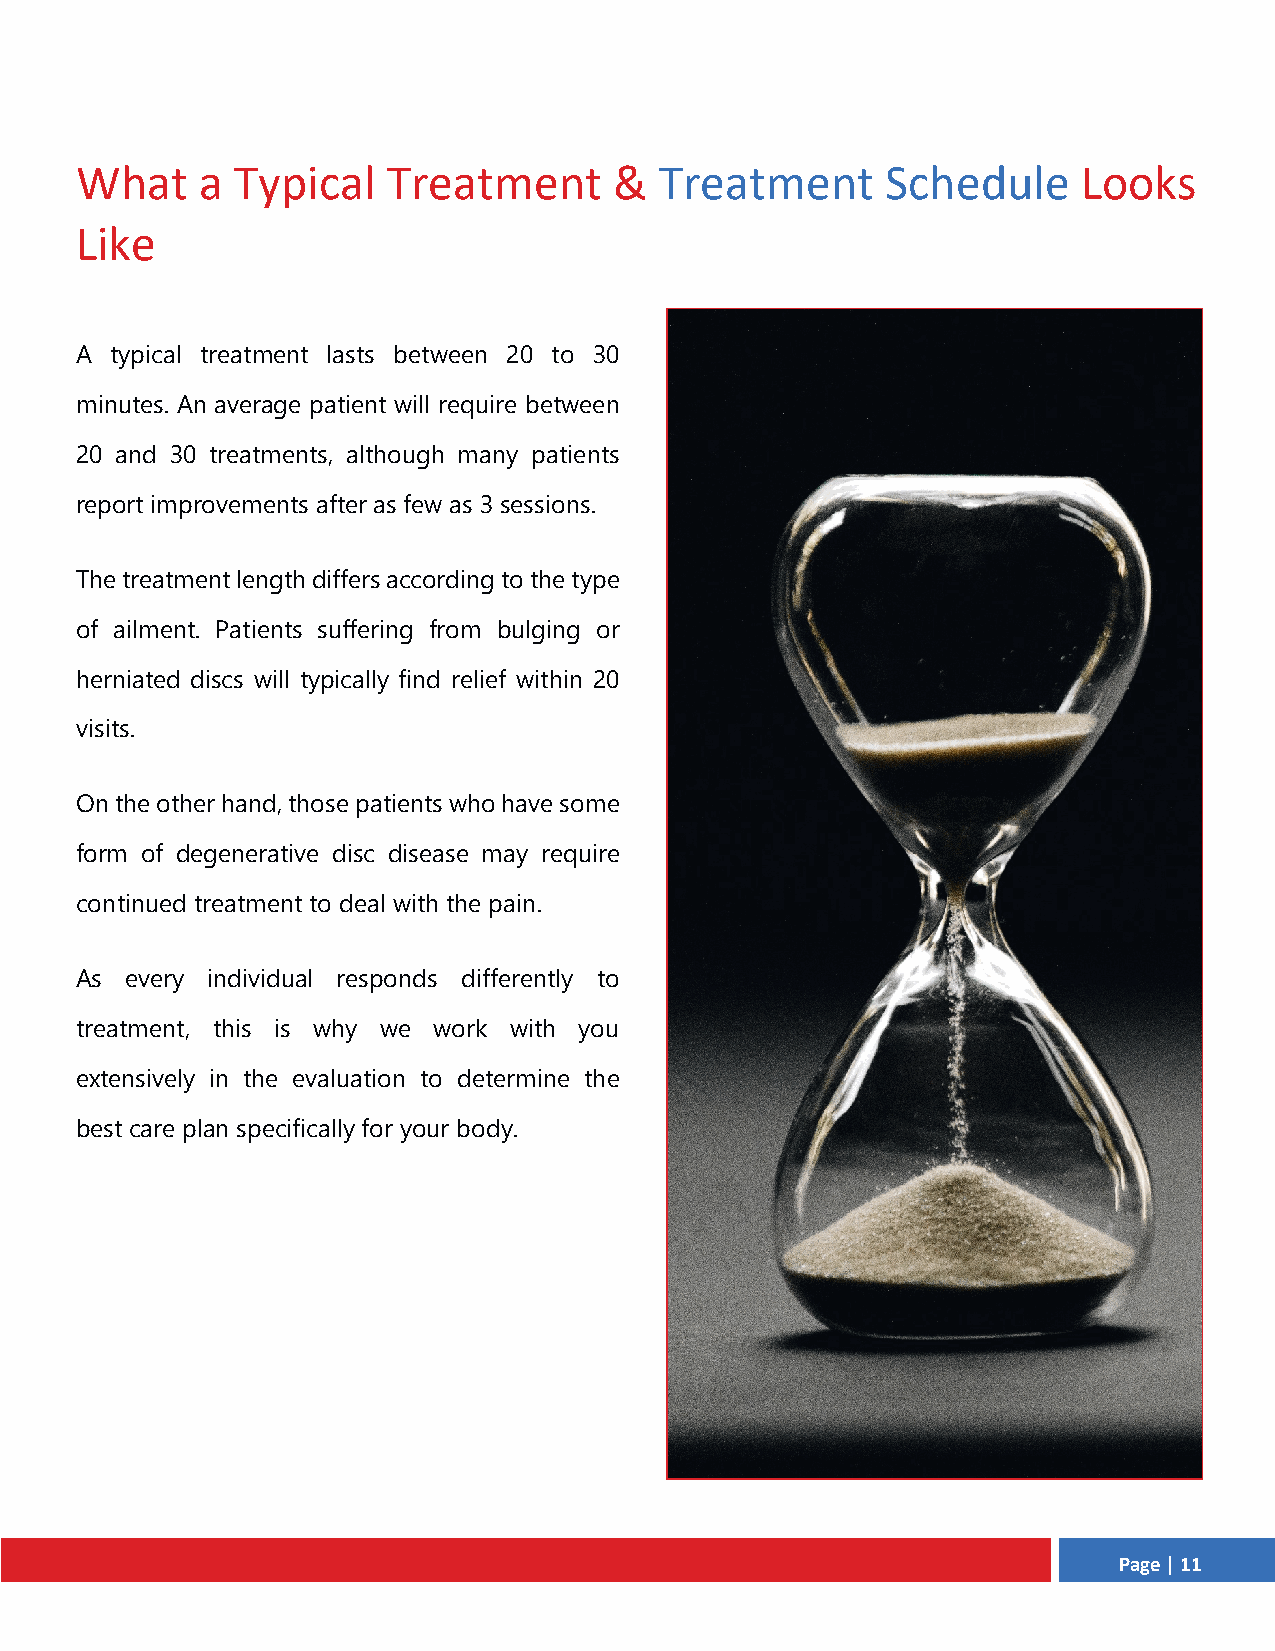
What    a  Typical   Treatment      &  Treatment      Schedule     Looks
 Like
 A typical treatment lasts between 20 to 30
 minutes. An average patient will require between
 20 and 30 treatments, although many patients
 report improvements after as few as 3 sessions.
 The treatment length differs according to the type
 of ailment. Patients suffering from bulging or
 herniated discs will typically find relief within 20
 visits.
 On the other hand, those patients who have some
 form of degenerative disc disease may require
 continued treatment to deal with the pain.
 As every individual responds differently to
 treatment, this is why we work with you
 extensively in the evaluation to determine the
 best care plan specifically for your body.
 Page | 11